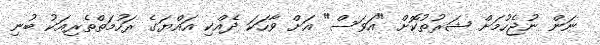
ނަން ނުޖެހުމަށް ޝަރުތުކޮށް "އަވަސް" އަށް ވާހަކަ ދެއްކި އައްޔަގެ ރަހުމަތްތެރިއަކު ބުނި